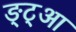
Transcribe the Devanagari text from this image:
ङ्ट्आ